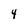
Character: 4